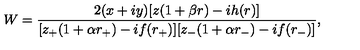
W = \frac { 2 ( x + i y ) [ z ( 1 + \beta r ) - i h ( r ) ] } { [ z _ { + } ( 1 + \alpha r _ { + } ) - i f ( r _ { + } ) ] [ z _ { - } ( 1 + \alpha r _ { - } ) - i f ( r _ { - } ) ] } ,